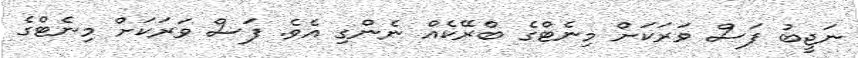
ނަޖީބު ފަސް ވަރަކަށް މިނެޓްގެ ބްރޭކެއް ނެންގި އެވެ. ފަސް ވަރަކަށް މިނެޓްގެ